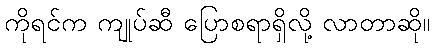
ကိုရင်က ကျုပ်ဆီ ပြောစရာရှိလို့ လာတာဆို။